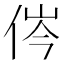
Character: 侺